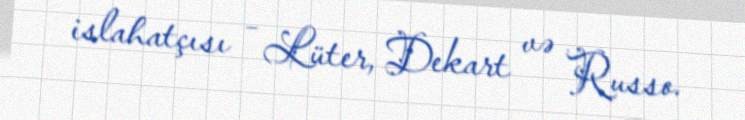
islahatçısı – Lüter, Dekart və Russo.